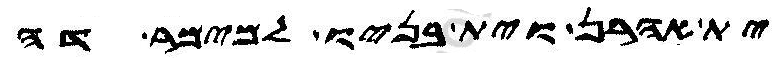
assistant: ית אהרן וית בניו למימר דה